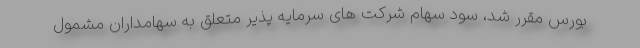
بورس مقرر شد، سود سهام شرکت های سرمایه پذیر متعلق به سهامداران مشمول